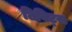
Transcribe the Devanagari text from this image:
टिविट्स